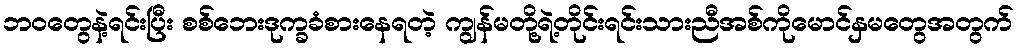
ဘဝတွေနဲ့ရင်းပြီး စစ်ဘေးဒုက္ခခံစားနေရတဲ့ ကျွန်မတို့ရဲ့တိုင်းရင်းသားညီအစ်ကိုမောင်နှမတွေအတွက်